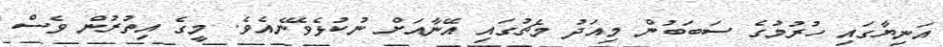
އަނިޔާގައި ހުރުމުގެ ސަބަބުން މިއަދު މެޗުގައި އޭނާއަށް ނުކުޅެވޭނެއެވެ. މީގެ އިތުރުން ވެސް